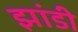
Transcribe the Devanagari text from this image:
झांडी